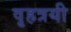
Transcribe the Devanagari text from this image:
वृहत्रयी